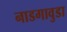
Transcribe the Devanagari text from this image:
नाडगावुडा